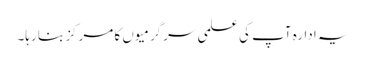
یہ ادارہ آپ کی علمی سرگرمیوں کا مرکز بنا رہا۔